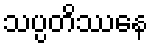
သပ္ပတိဿေန